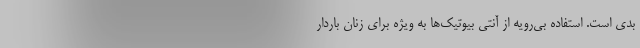
بدی است. استفاده بی‌رویه از آنتی بیوتیک‌ها به ویژه برای زنان باردار